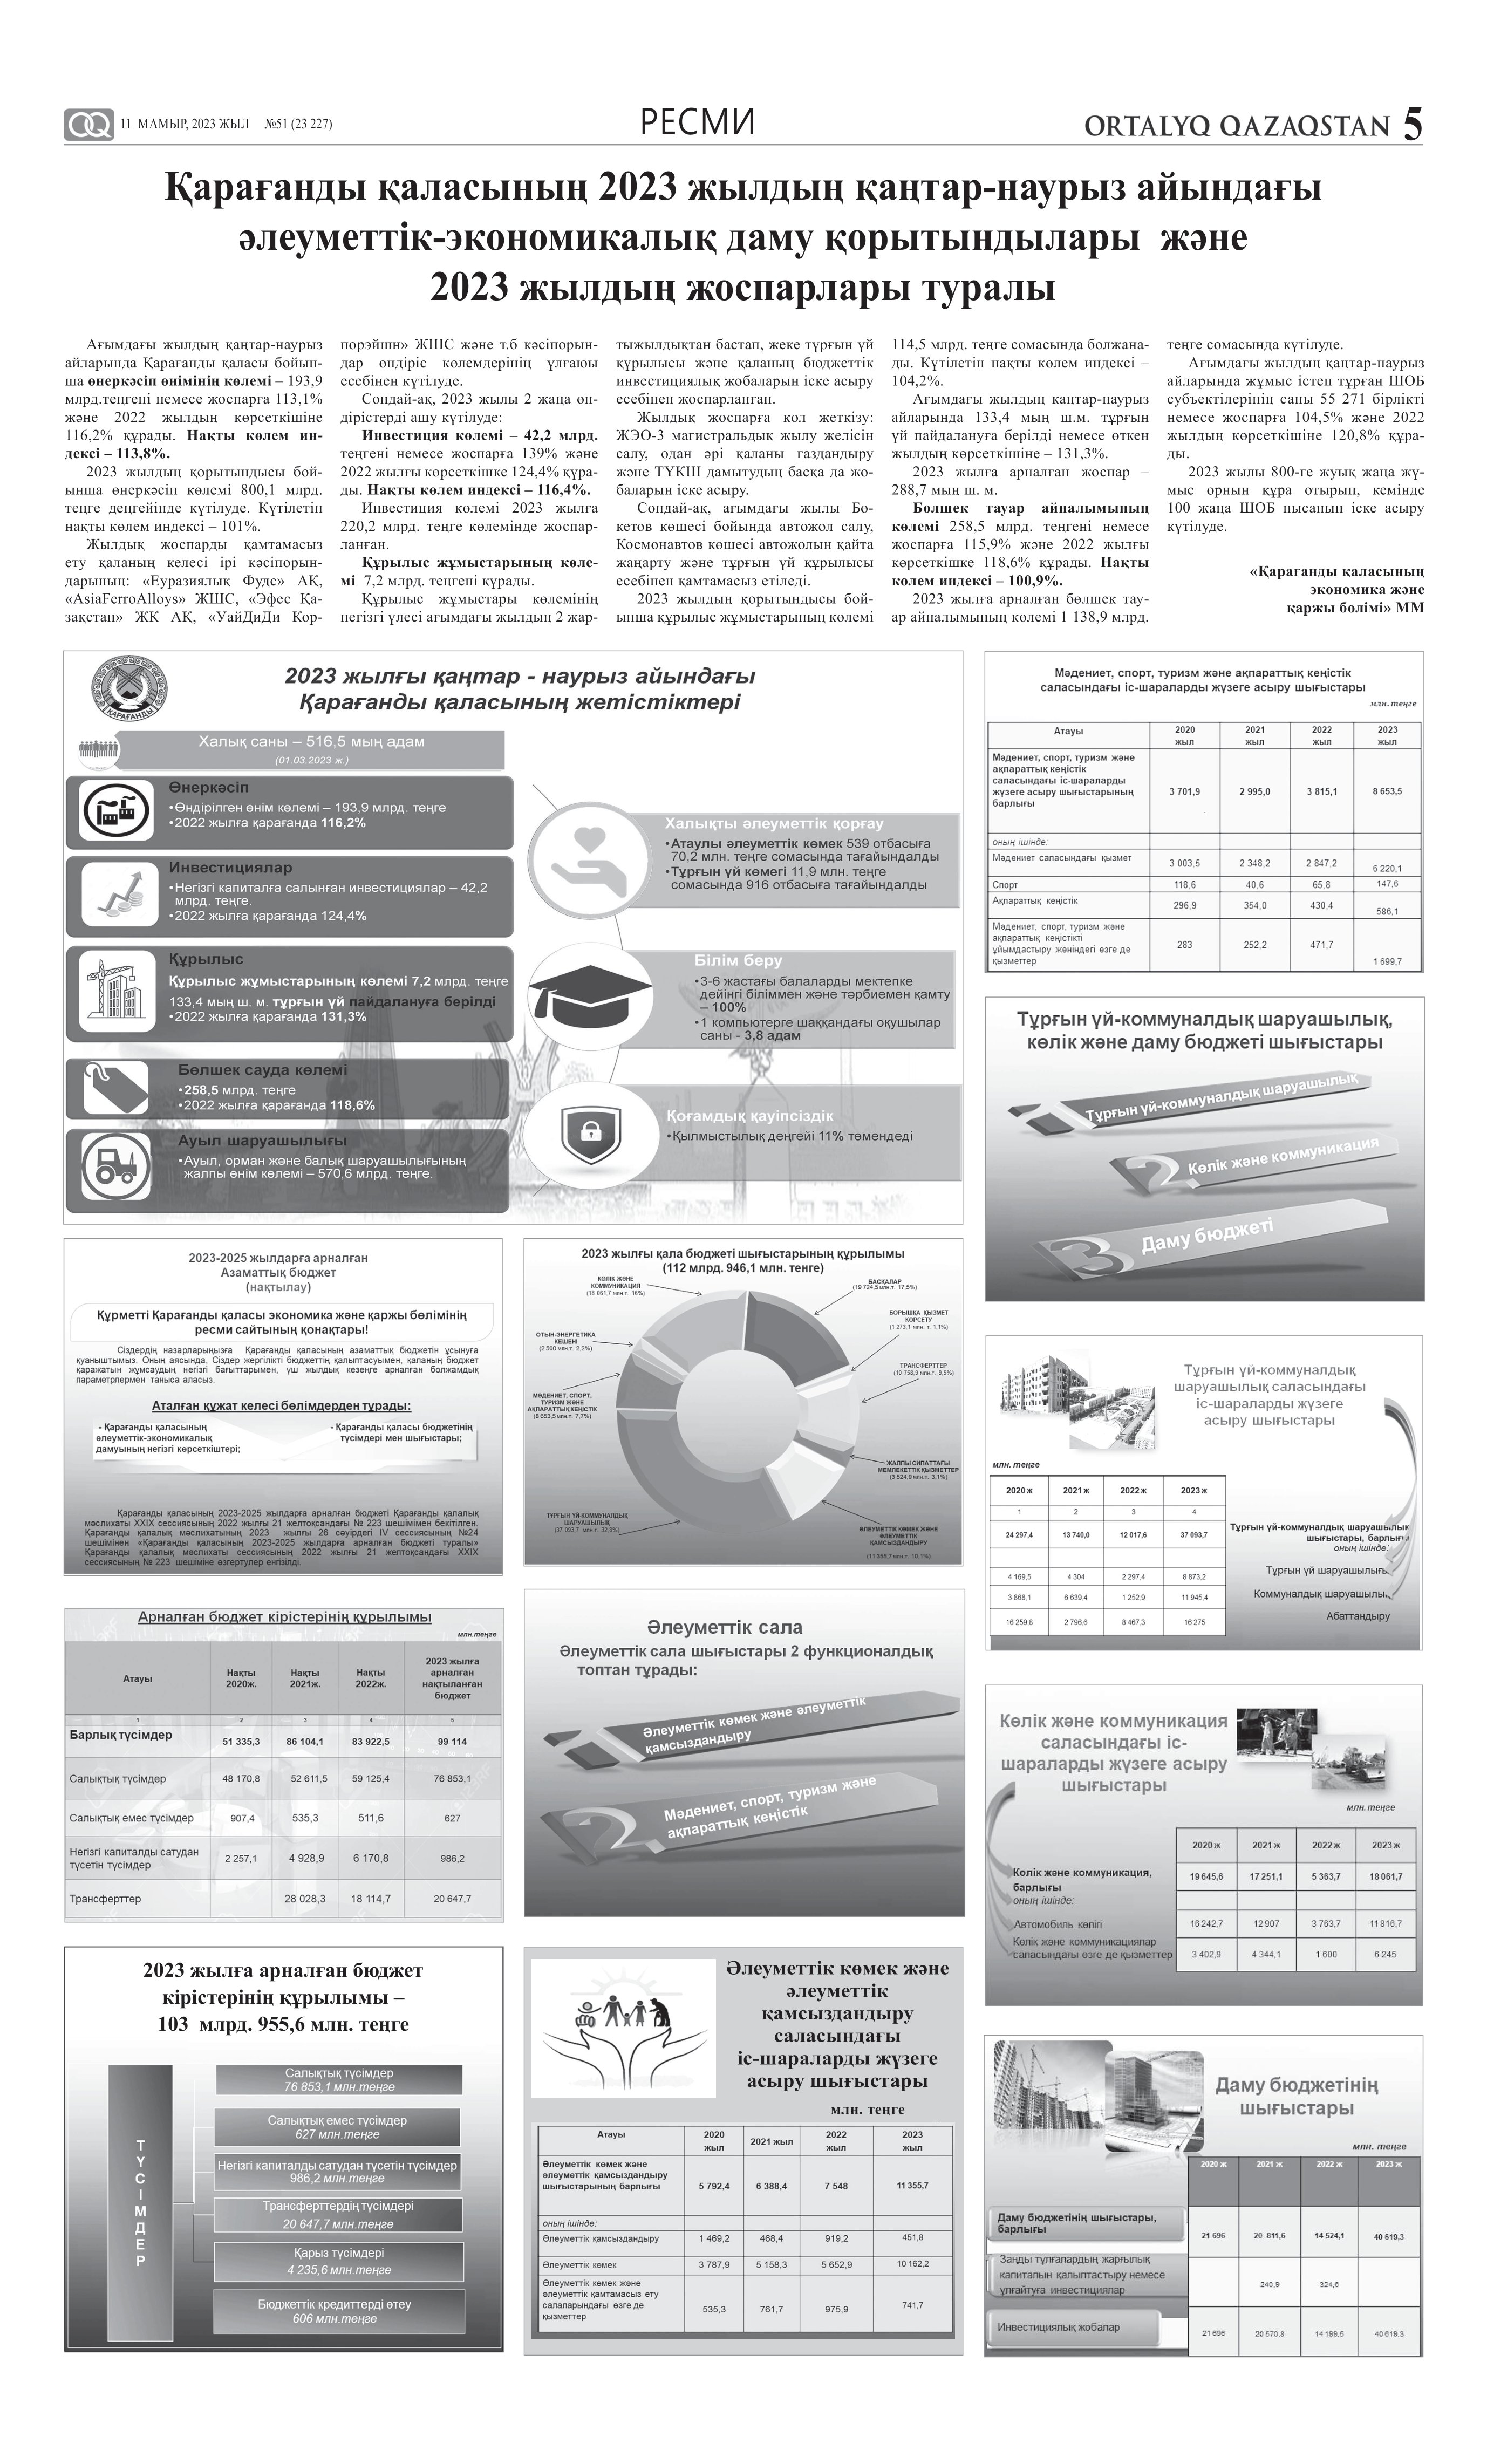
Language: kk